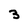
Character: 3